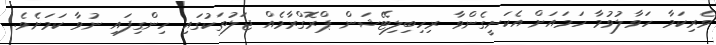
ވެރިކަމާ ހަވާލުވުމާ ހަމައަށް އެކަށީގެންވާ ރިހިބިލިޓޭޝަން ޕްރޮގްރާމެއް ޖަލުތަކުގައި ހިންގިފައި ނުވާ ކަމަށެވެ.